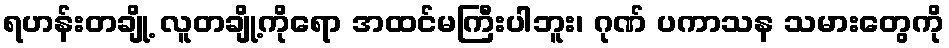
ရဟန်းတချို့ လူတချို့ကိုရော အထင်မကြီးပါဘူး၊ ဂုဏ် ပကာသန သမားတွေကို